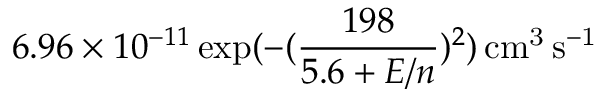
6 . 9 6 \times 1 0 ^ { - 1 1 } \exp ( - ( \frac { 1 9 8 } { 5 . 6 + E / n } ) ^ { 2 } ) \, \mathrm { c m ^ { 3 } \, s ^ { - 1 } }